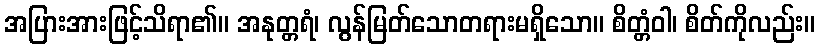
အပြားအားဖြင့်သိရာ၏။ အနုတ္တရံ၊ လွန်မြတ်သောတရားမရှိသော။ စိတ္တံဝါ၊ စိတ်ကိုလည်း။